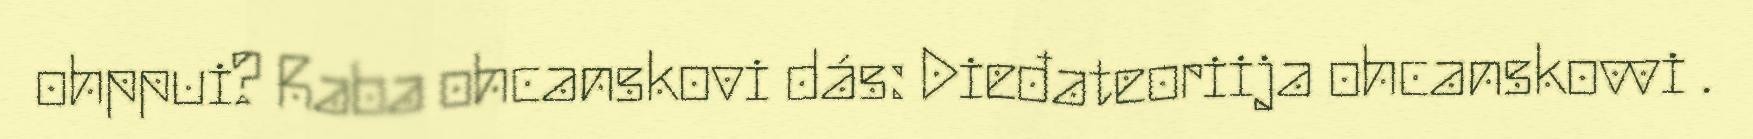
ohppui? Raba ohcanskovi dás: Dieđateoriija ohcanskovvi .